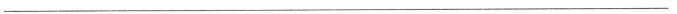
____________